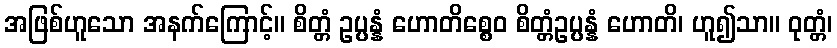
အဖြစ်ဟူသော အနက်ကြောင့်။ စိတ္တံ ဥပ္ပန္နံ ဟောတိစ္စေဝ စိတ္တံဥပ္ပန္နံ ဟောတိ၊ ဟူ၍သာ။ ဝုတ္တံ၊